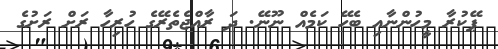
ޕޭކުރާ މީހުންނާއި ބެހޭ ކަމެއް ނޫނޭ. ދަ ރާއްޖެތެރޭގެ ހުރިހާ ރަށް ރަށުގެ